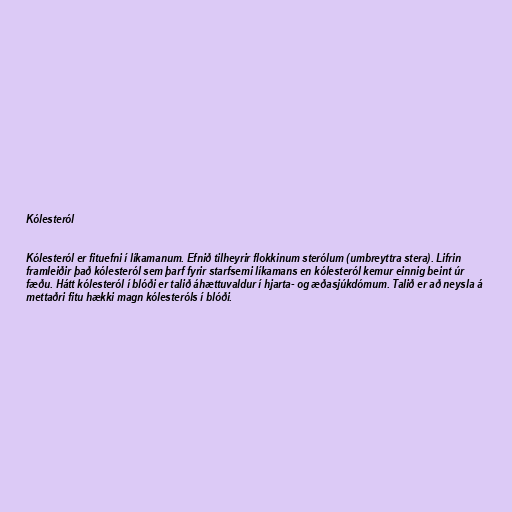
Kólesteról

Kólesteról er fituefni í líkamanum. Efnið tilheyrir flokkinum sterólum (umbreyttra stera). Lifrin
framleiðir það kólesteról sem þarf fyrir starfsemi líkamans en kólesteról kemur einnig beint úr
fæðu. Hátt kólesteról í blóði er talið áhættuvaldur í hjarta- og æðasjúkdómum. Talið er að neysla á
mettaðri fitu hækki magn kólesteróls í blóði.